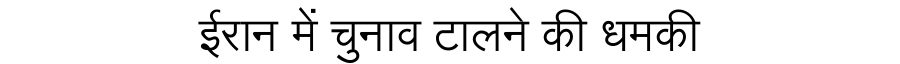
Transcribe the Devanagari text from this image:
ईरान में चुनाव टालने की धमकी